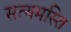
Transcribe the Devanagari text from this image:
सत्यमस्ति